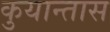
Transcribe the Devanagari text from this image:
कुयान्तास